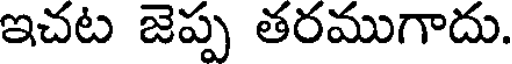
ఇచట జెప్ప తరముగాదు.